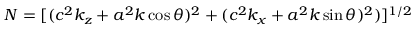
N = [ ( c ^ { 2 } k _ { z } + a ^ { 2 } k \cos \theta ) ^ { 2 } + ( c ^ { 2 } k _ { x } + a ^ { 2 } k \sin \theta ) ^ { 2 } ) ] ^ { 1 / 2 }